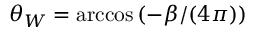
\theta _ { W } = \operatorname { a r c c o s } { ( - \beta / ( 4 \pi ) ) }